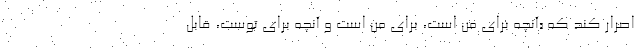
اصرار کند که «آنچه برای من است، برای من است و آنچه برای توست، قابل